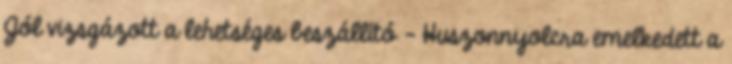
Jól vizsgázott a lehetséges beszállító - Huszonnyolcra emelkedett a